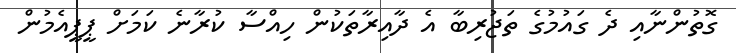
ގޮތުންނާއި ދެ ގައުމުގެ ތަޖުރިބާ އެ ދާއިރާތަކުން ހިއްސާ ކުރާނެ ކަމަށް ޕީޕީއެމުން